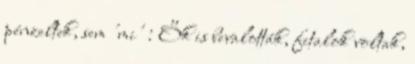
pénzeltek, sem 'mi' : Ők is bevalották, fitalok voltak,